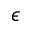
\epsilon